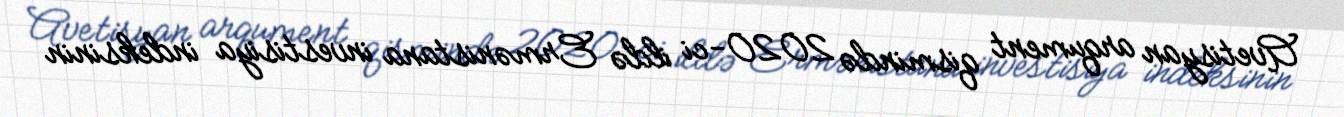
Avetisyan arqument qismində 2020-ci ildə Ermənistana investisiya indeksinin